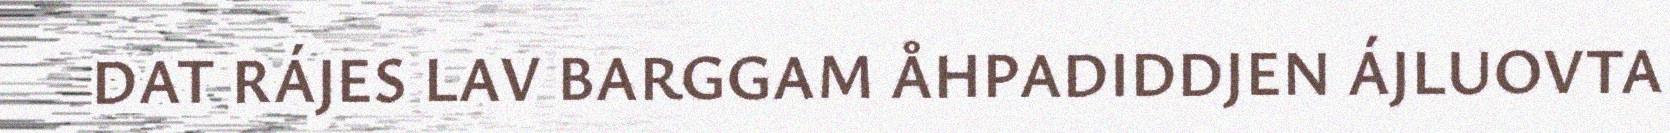
DAT RÁJES LAV BARGGAM ÅHPADIDDJEN ÁJLUOVTA